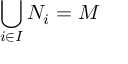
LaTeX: \bigcup _ { i \in I } N _ { i } = M